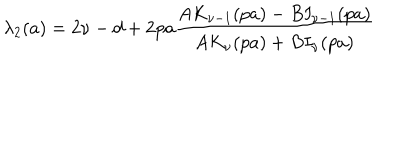
\lambda _ { 2 } ( a ) = 2 \nu - d + 2 p a \frac { A K _ { \nu - 1 } ( p a ) - B I _ { \nu - 1 } ( p a ) } { A K _ { \nu } ( p a ) + B I _ { \nu } ( p a ) }